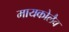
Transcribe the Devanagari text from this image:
मायकोलैव